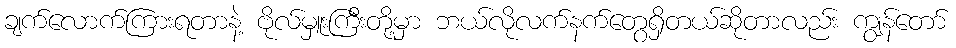
ချက်လောက်ကြားရတာနဲ့ ဗိုလ်မှူးကြီးတို့မှာ ဘယ်လိုလက်နက်တွေရှိတယ်ဆိုတာလည်း ကျွန်တော်